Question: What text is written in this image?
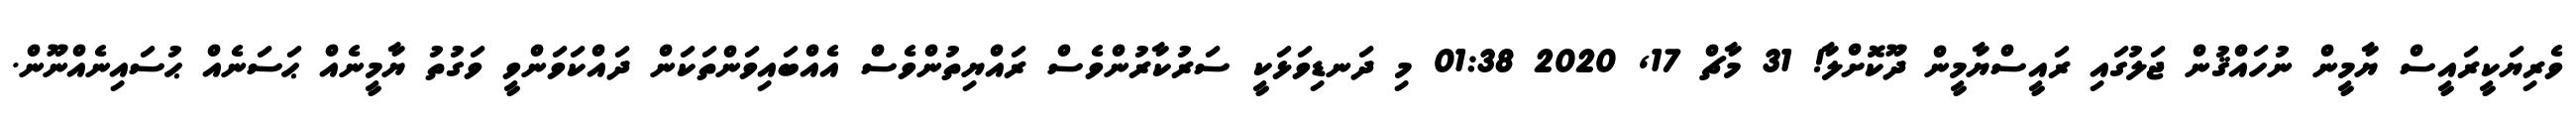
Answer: ވެރިޔަކީރައީސް ޔާމީން ނުހައްޤުން ޖަލުގައި ރައީސްޔާމީން ދޫކޮށްލާ! 31 މާޗް 17, 2020 01:38 މި ދަނޑިވަޅަކީ ސަރުކާރުންވެސް ރައްޔިތުންވެސް އެއްބައިވަންތަކަން ދައްކަވަންވީ ވަގުތު ޔާމީނެއް ޙަސަނެއް ޙުސައިނެއްނޫން.